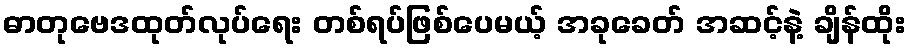
ဓာတုဗေဒထုတ်လုပ်ရေး တစ်ရပ်ဖြစ်ပေမယ့် အခုခေတ် အဆင့်နဲ့ ချိန်ထိုး